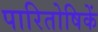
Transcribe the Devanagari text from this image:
पारितोषिकें